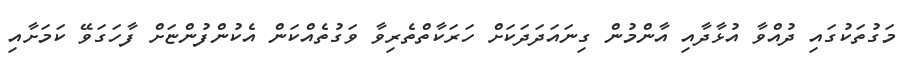
މަގުތަކުގައި ދުއްވާ އުޅާދާއި އާންމުން ގިނައަދަދަކަށް ހަރަކާތްތެރިވާ ވަގުތެއްކަން އެކުންފުންޏަށް ފާހަގަވޭ ކަމަށާއި